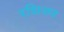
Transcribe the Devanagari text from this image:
रशिअन